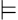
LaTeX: \vDash